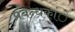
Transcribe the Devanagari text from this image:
प्रबन्धकांे